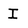
Character: I